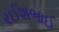
રઈશભાઈ